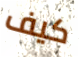
كيف